Report of the Indian Hemp Drugs Commission, 1894-1895 - Volume VIII
Year: 1894
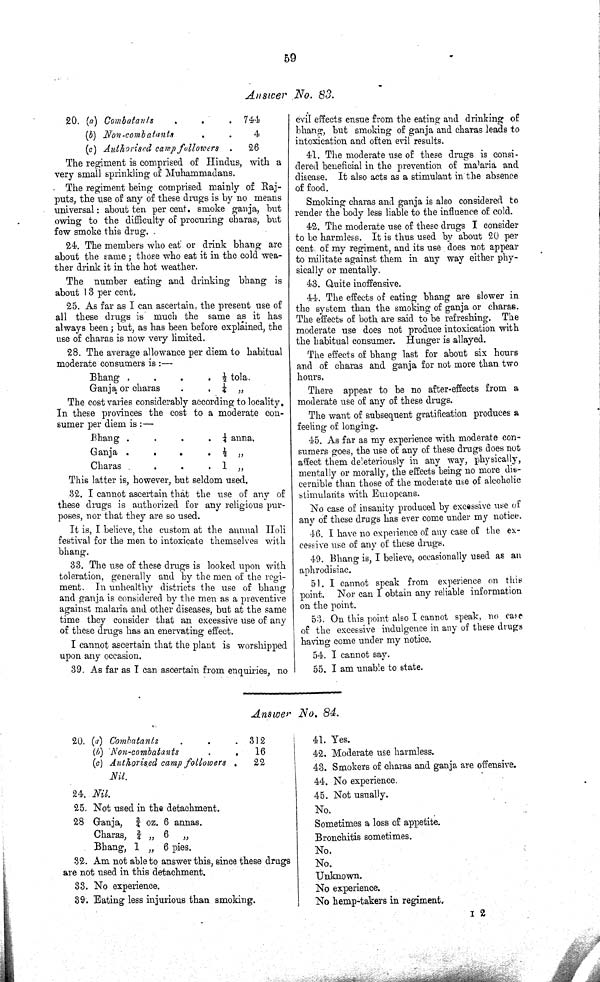
59
Answer No. 83.
20. (a) Combatants
744
(b) Non-combatants
4
(c) Authorised camp followers
26
The regiment is comprised of Hindus, with a
very small sprinkling of Muhamadans.
The regiment being comprised mainly of Raj-
puts, the use of any of these drugs is by no means
universal: about ten per cent. smoke ganja, but
owing to the difficulty of procuring charas, but
few smoke this drug.
24. The members who eat or drink bhang are
about the same; those who eat it in the cold wea-
ther drink it in the hot weather.
The number eating and drinking bhang is
about 13 per cent.
25. As far as I can ascertain, the present use of
all these drugs is much the same as it has
always been; but, as has been before explained, the
use of charas is now very limited.
28. The average allowance per diem to habitual
moderate consumers is:—
Bhang
1/2 tola.
Ganja or charas
1/4 "
The cost varies considerably according to locality.
In these provinces the cost to a moderate con-
sumer per diem is:—
Bhang
1/4 anna.
Ganja
1/2 "
Charas
1 "
This latter is, however, but seldom used.
32. I cannot ascertain that the use of any of
these drugs is authorized for any religious pur-
poses, nor that they are so used.
It is, I believe, the custom at the annual Holi
festival for the men to intoxicate themselves with
bhang.
33. The use of these drugs is looked upon with
toleration, generally and by the men of the regi-
ment. In unhealthy districts the use of bhang
and ganja is considered by the men as a preventive
against malaria and other diseases, but at the same
time they consider that an excessive use of any
of these drugs has an enervating effect.
I cannot ascertain that the plant is worshipped
upon any occasion.
39. As far as I can ascertain from enquiries, no
evil effects ensue from the eating and drinking of
bhang, but smoking of ganja and charas leads to
intoxication and often evil results.
41. The moderate use of these drugs is consi-
dered beneficial in the prevention of malaria and
disease. It also acts as a stimulant in the absence
of food.
Smoking charas and ganja is also considered to
render the body less liable to the influence of cold.
42. The moderate use of these drugs I consider
to be harmless. It is thus used by about 20 per
cent. of my regiment, and its use does not appear
to militate against them in any way either phy-
sically or mentally.
43. Quite inoffensive.
44. The effects of eating bhang are slower in
the system than the smoking of ganja or charas.
The effects of both are said to be refreshing. The
moderate use does not produce intoxication with
the habitual consumer. Hunger is allayed.
The effects of bhang last for about six hours
and of charas and ganja for not more than two
hours,
There appear to be no after-effects from a
moderate use of any of these drugs.
The want of subsequent gratification produces a
feeling of longing.
45. As far as my experience with moderate con-
sumers goes, the use of any of these drugs does not
affect them deleteriously in any way, physically,
mentally or morally, the effects being no more dis-
cernible than those of the moderate use of alcoholic
stimulants with Europeans.
No case of insanity produced by excessive use of
any of these drugs has ever come under my notice.
46. I have no experience of any case of the ex-
cessive use of any of these drugs.
49. Bhang is, I believe, occasionally used as an
aphrodisiac.
51. I cannot speak from experience on this
point.
Nor can I obtain any reliable information
on the point.
53. On this point also I cannot speak, no case
of the excessive indulgence in any of these drugs
having come under my notice.
54. I cannot say.
55. I am unable to state.
Answer No. 84.
20. (a) Combatants
312
(b) Non-combatants
16
(c) Authorised camp followers
22
Nil.
24. Nil.
25. Not used in the detachment.
28 Ganja, 3/4 oz. 6 annas.
Charas, 3/4 " 6
"
Bhang, 1 " 6 pies.
32. Am not able to answer this, since these drugs
are not used in this detachment.
33. No experience.
39. Eating less injurious than smoking.
41. Yes.
42. Moderate use harmless.
43. Smokers of charas and ganja are offensive.
44. No experience.
45. Not usually.
No.
Sometimes a loss of appetite.
Bronchitis sometimes.
No.
No.
Unknown.
No experience.
No hemp-takers in regiment.
I 2